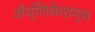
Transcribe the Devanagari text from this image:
अँप्लिकेशन्स